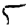
Digit: 5